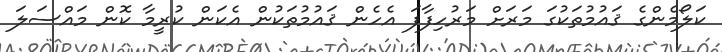
ކަލޯމެންގެ ޤައުމުތަކުގަ މަރަށް މަރުހިފާފަ އެހެން ޤައުމުތަކުން އެކަން ކުރީމާ ކޮން މައްސަލަ